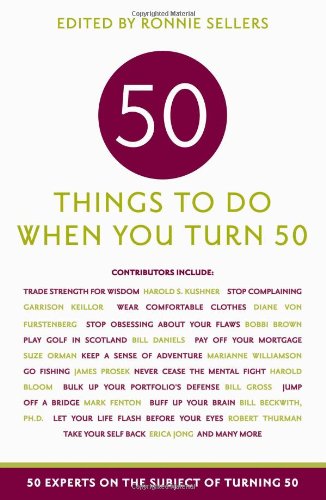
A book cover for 50 Things to Do When You Turn 50: 50 Experts on the Subject of Turning 50; Health, Fitness & Dieting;